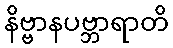
နိဗ္ဗာနပဗ္ဘာရာတိ